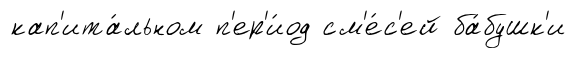
кап'ита́льном п'ер'и́од см'е́с'ей ба́бушк'и